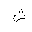
Letter: _shin